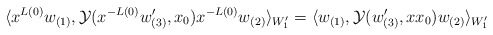
\begin{align*}\langle x^{L(0)}w_{(1)}, {\cal Y}(x^{-L(0)}w'_{(3)},x_{0})x^{-L(0)}w_{(2)}\rangle_{W'_1}=\langle w_{(1)}, {\cal Y}(w'_{(3)}, xx_{0})w_{(2)}\rangle_{W'_1}\end{align*}